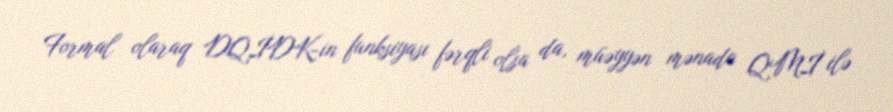
Formal olaraq DQİDK-in funksiyası fərqli olsa da, müəyyən mənada QMİ ilə